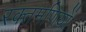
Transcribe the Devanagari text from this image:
रक्तमणियों